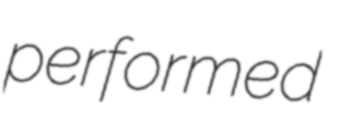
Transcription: performed